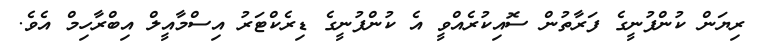
ރިޔަން ކުންފުނީގެ ފަރާތުން ސޮއިކުރެއްވީ އެ ކުންފުނީގެ ޑިރެކްޓަރު އިސްމާއީލް އިބްރާހިމް އެވެ.